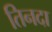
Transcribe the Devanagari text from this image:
तिनदा